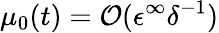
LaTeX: \mu_{0}(t)=\mathcal{O}(\epsilon^{\infty}\delta^{-1})